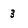
Character: 3